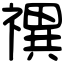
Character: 禩